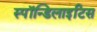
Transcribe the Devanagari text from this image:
स्पॉन्डिलाइटिस